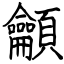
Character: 龥